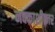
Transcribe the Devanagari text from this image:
नक्काशीकार